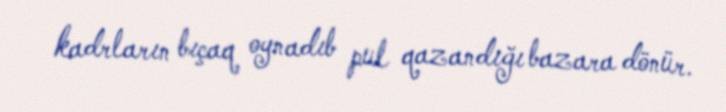
kadrların bıçaq oynadıb pul qazandığı bazara dönür.